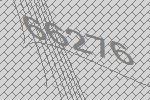
66276